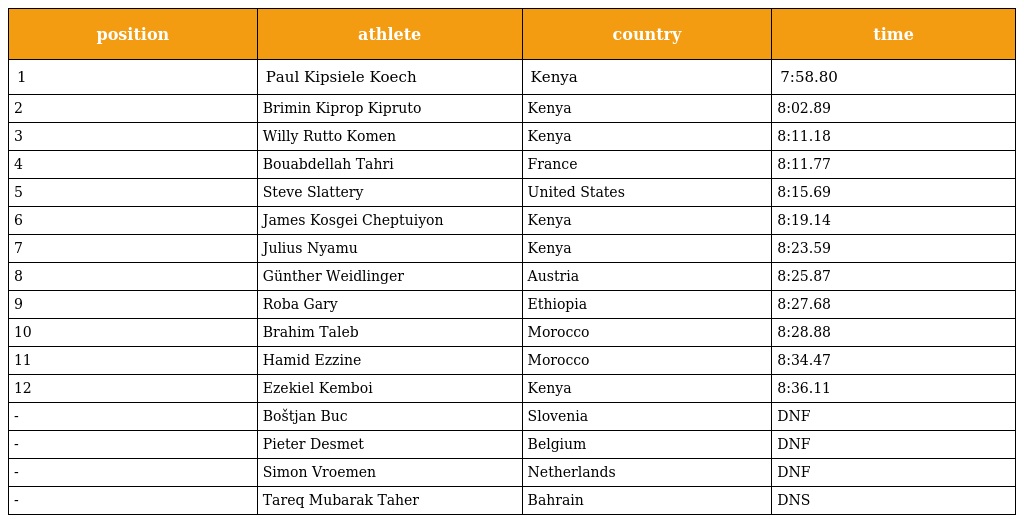
| position | athlete | country | time |
 | --- | --- | --- | --- |
 | 1 | Paul Kipsiele Koech | Kenya | 7:58.80 |
 | 2 | Brimin Kiprop Kipruto | Kenya | 8:02.89 |
 | 3 | Willy Rutto Komen | Kenya | 8:11.18 |
 | 4 | Bouabdellah Tahri | France | 8:11.77 |
 | 5 | Steve Slattery | United States | 8:15.69 |
 | 6 | James Kosgei Cheptuiyon | Kenya | 8:19.14 |
 | 7 | Julius Nyamu | Kenya | 8:23.59 |
 | 8 | Günther Weidlinger | Austria | 8:25.87 |
 | 9 | Roba Gary | Ethiopia | 8:27.68 |
 | 10 | Brahim Taleb | Morocco | 8:28.88 |
 | 11 | Hamid Ezzine | Morocco | 8:34.47 |
 | 12 | Ezekiel Kemboi | Kenya | 8:36.11 |
 | - | Boštjan Buc | Slovenia | DNF |
 | - | Pieter Desmet | Belgium | DNF |
 | - | Simon Vroemen | Netherlands | DNF |
 | - | Tareq Mubarak Taher | Bahrain | DNS |